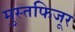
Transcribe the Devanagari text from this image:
मुस्तफिजूर